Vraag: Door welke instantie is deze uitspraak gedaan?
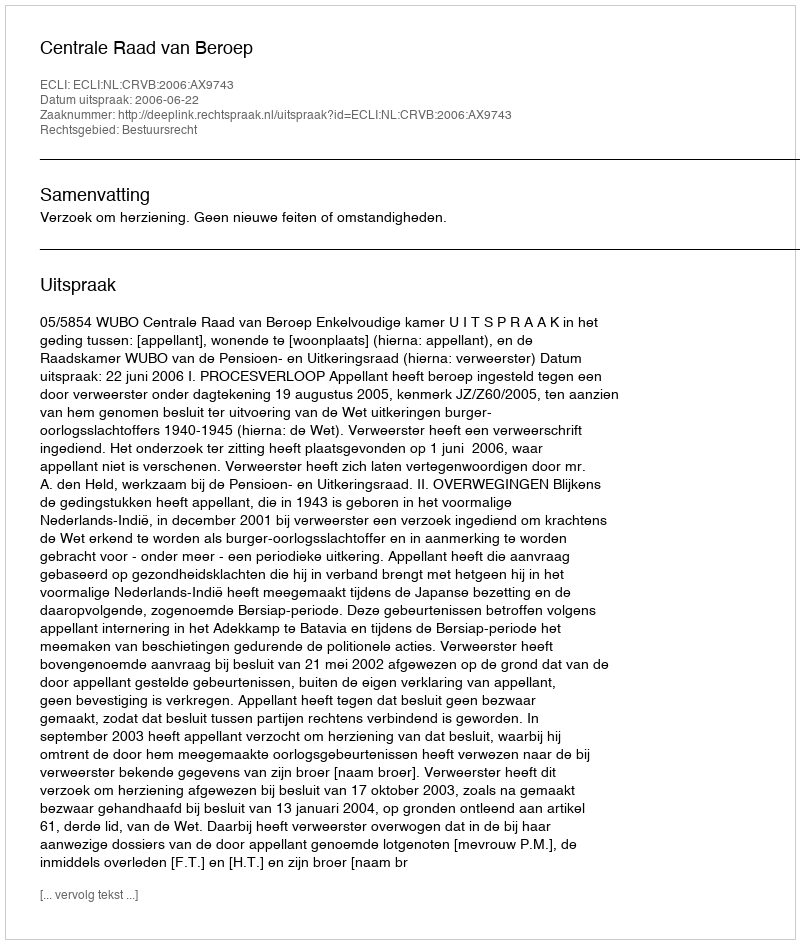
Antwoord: Centrale Raad van Beroep